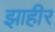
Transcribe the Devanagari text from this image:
झाहीर